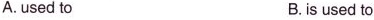
A.used to B. is used to